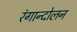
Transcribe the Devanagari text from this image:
रंगान्दोलन